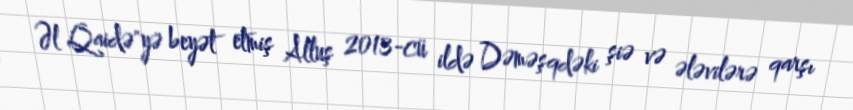
Əl Qaidə"yə beyət etmiş Alluş 2013-cü ildə Dəməşqdəki şiə və ələvilərə qarşı